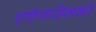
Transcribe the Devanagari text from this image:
एहिपस्सिको